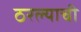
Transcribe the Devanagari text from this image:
ठरल्याची